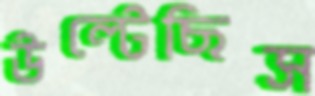
উল্‌টেছিস